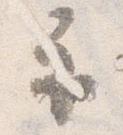
示